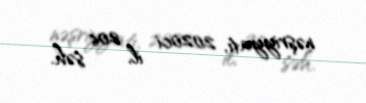
nəşriyyatı, 2020ci il, 206 səh.